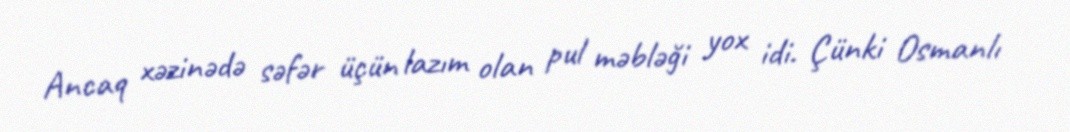
Ancaq xəzinədə səfər üçün lazım olan pul məbləği yox idi. Çünki Osmanlı